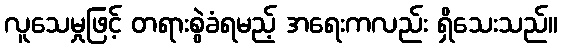
လူသေမှုဖြင့် တရားစွဲခံရမည့် အရေးကလည်း ရှိသေးသည်။